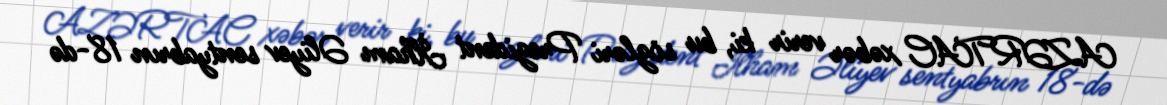
AZƏRTAC xəbər verir ki, bu sözləri Prezident İlham Əliyev sentyabrın 18-də